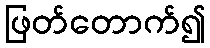
ဖြတ်တောက်၍